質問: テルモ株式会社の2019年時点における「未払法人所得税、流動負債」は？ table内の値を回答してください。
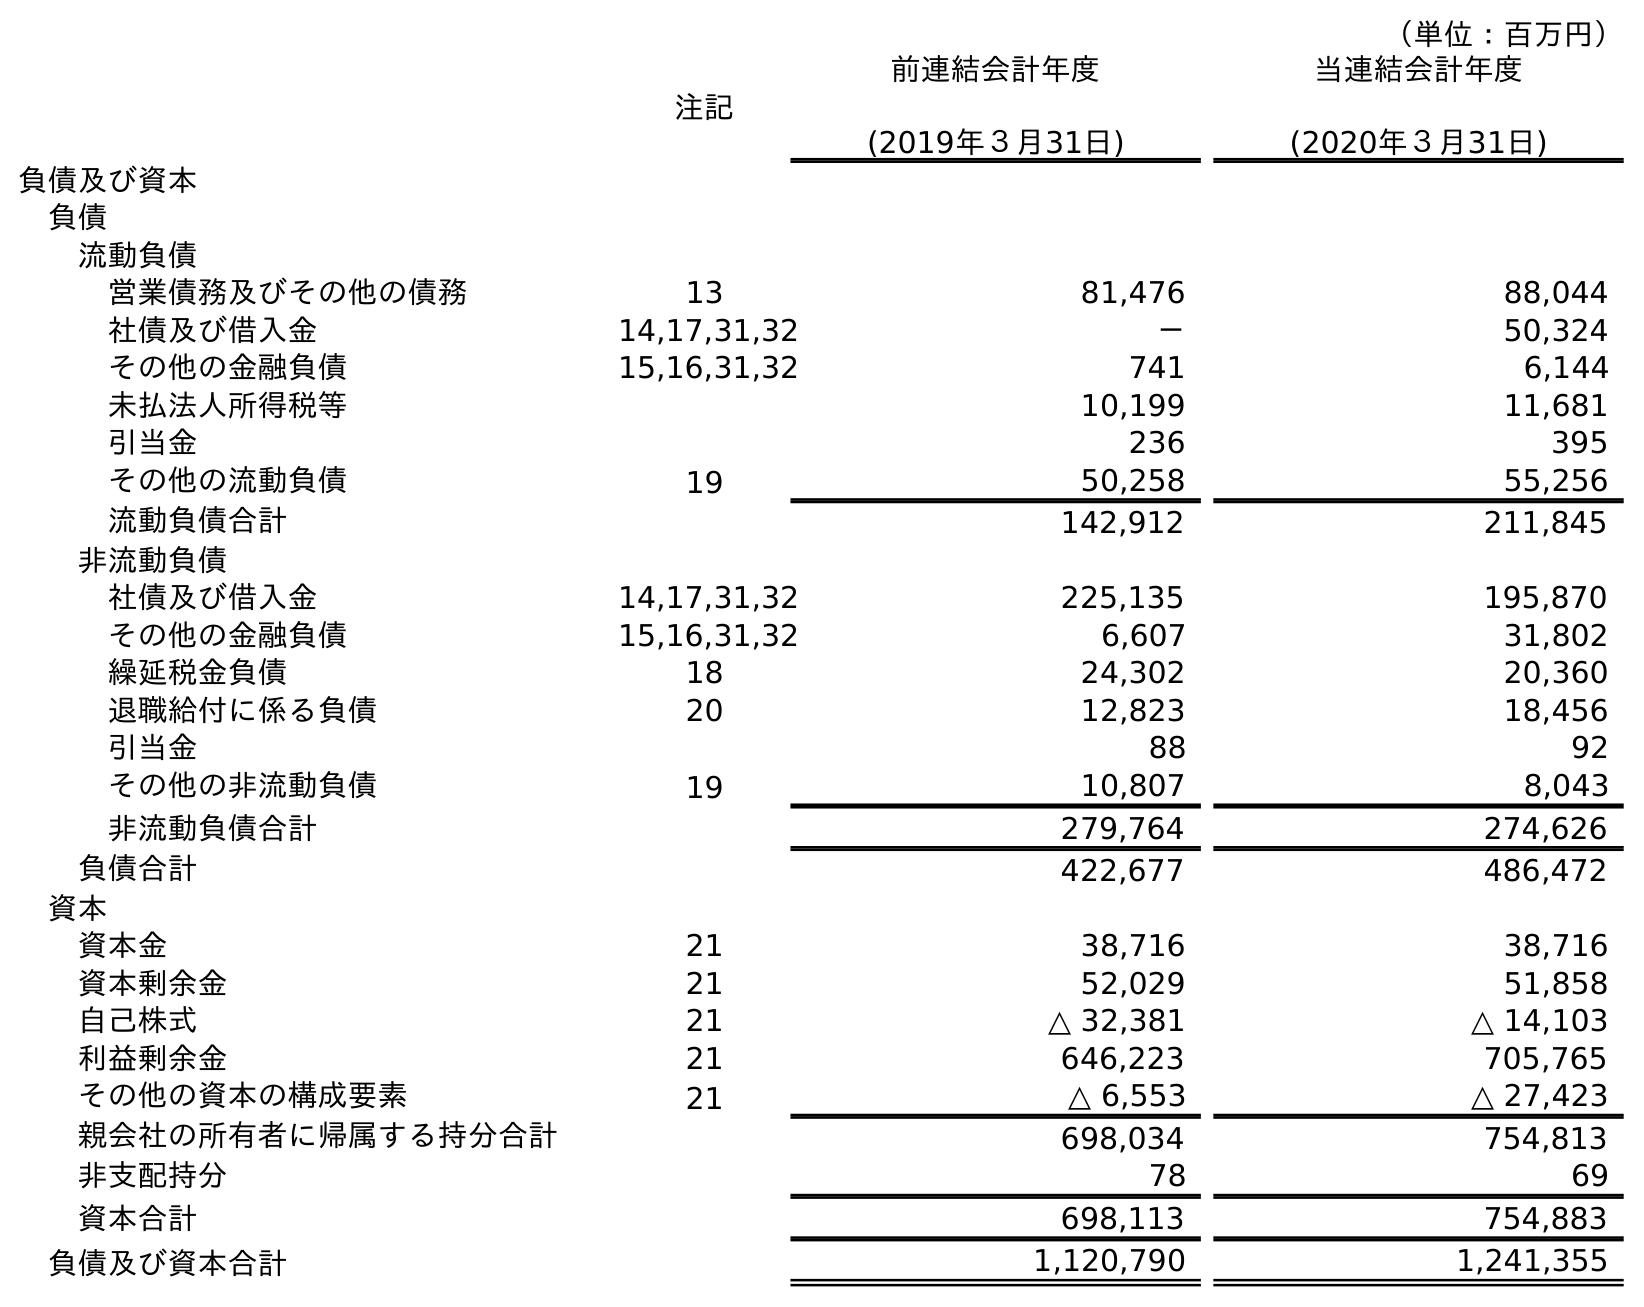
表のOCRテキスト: （単位：百万円） 注記 前連結会計年度 (2019年３月31日) 当連結会計年度 (2020年３月31日) 負債及び資本 負債 流動負債 営業債務及びその他の債務 13 81,476 88,044 社債及び借入金 14,17,31,32 － 50,324 その他の金融負債 15,16,31,32 741 6,144 未払法人所得税等 10,199 11,681 引当金 236 395 その他の流動負債 19 50,258 55,256 流動負債合計 142,912 211,845 非流動負債 社債及び借入金 14,17,31,32 225,135 195,870 その他の金融負債 15,16,31,32 6,607 31,802 繰延税金負債 18 24,302 20,360 退職給付に係る負債 20 12,823 18,456 引当金 88 92 その他の非流動負債 19 10,807 8,043 非流動負債合計 279,764 274,626 負債合計 422,677 486,472 資本 資本金 21 38,716 38,716 資本剰余金 21 52,029 51,858 自己株式 21 △ 32,381 △ 14,103 利益剰余金 21 646,223 705,765 その他の資本の構成要素 21 △ 6,553 △ 27,423 親会社の所有者に帰属する持分合計 698,034 754,813 非支配持分 78 69 資本合計 698,113 754,883 負債及び資本合計 1,120,790 1,241,355
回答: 10,199